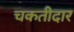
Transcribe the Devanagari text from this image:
चकतीदार